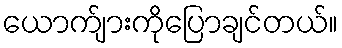
ယောက်ျားကိုပြောချင်တယ်။